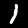
Digit: 1